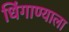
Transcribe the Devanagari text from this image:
धिंगाण्याला